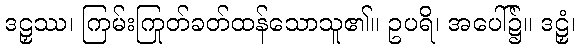
ဒဠှဿ၊ ကြမ်းကြုတ်ခတ်ထန်သောသူ၏။ ဥပရိ၊ အပေါ်၌။ ဒဠှံ၊